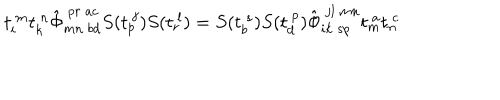
LaTeX: t _ { i } ^ { ~ m } t _ { k } ^ { ~ n } \hat { \Phi } _ { m n ~ b d } ^ { ~ p r ~ a c } S ( t _ { p } ^ { ~ j } ) S ( t _ { r } ^ { ~ l } ) = S ( t _ { b } ^ { ~ s } ) S ( t _ { d } ^ { ~ p } ) \hat { \Phi } _ { i k ~ s p } ^ { ~ j l ~ m n } t _ { m } ^ { ~ a } t _ { n } ^ { ~ c }